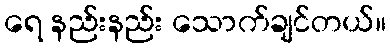
ရေ နည်းနည်း သောက်ချင်တယ်။